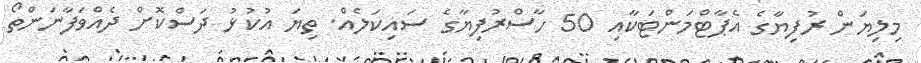
މިލިޔަން ރުފިޔާގެ އެޕާޓްމަންޓަކާއި 50 ހާސްރުފިޔާގެ ސައިކަލެއް. ތިޔަ އުކުޅު ދަސްކޮށް ދެއްވަފާނަންތޯ